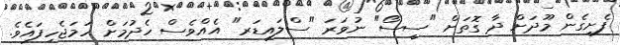
ފެށިގެން މޫދަށް ދާ ގޮތަށް "ސީސޯ" ނުވަރަ "ސްލައިޑަރ" އެއްވެސް ހެދުމަށް ހަމަޖެހިފައެވެ.